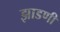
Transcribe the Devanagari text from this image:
झाडणी